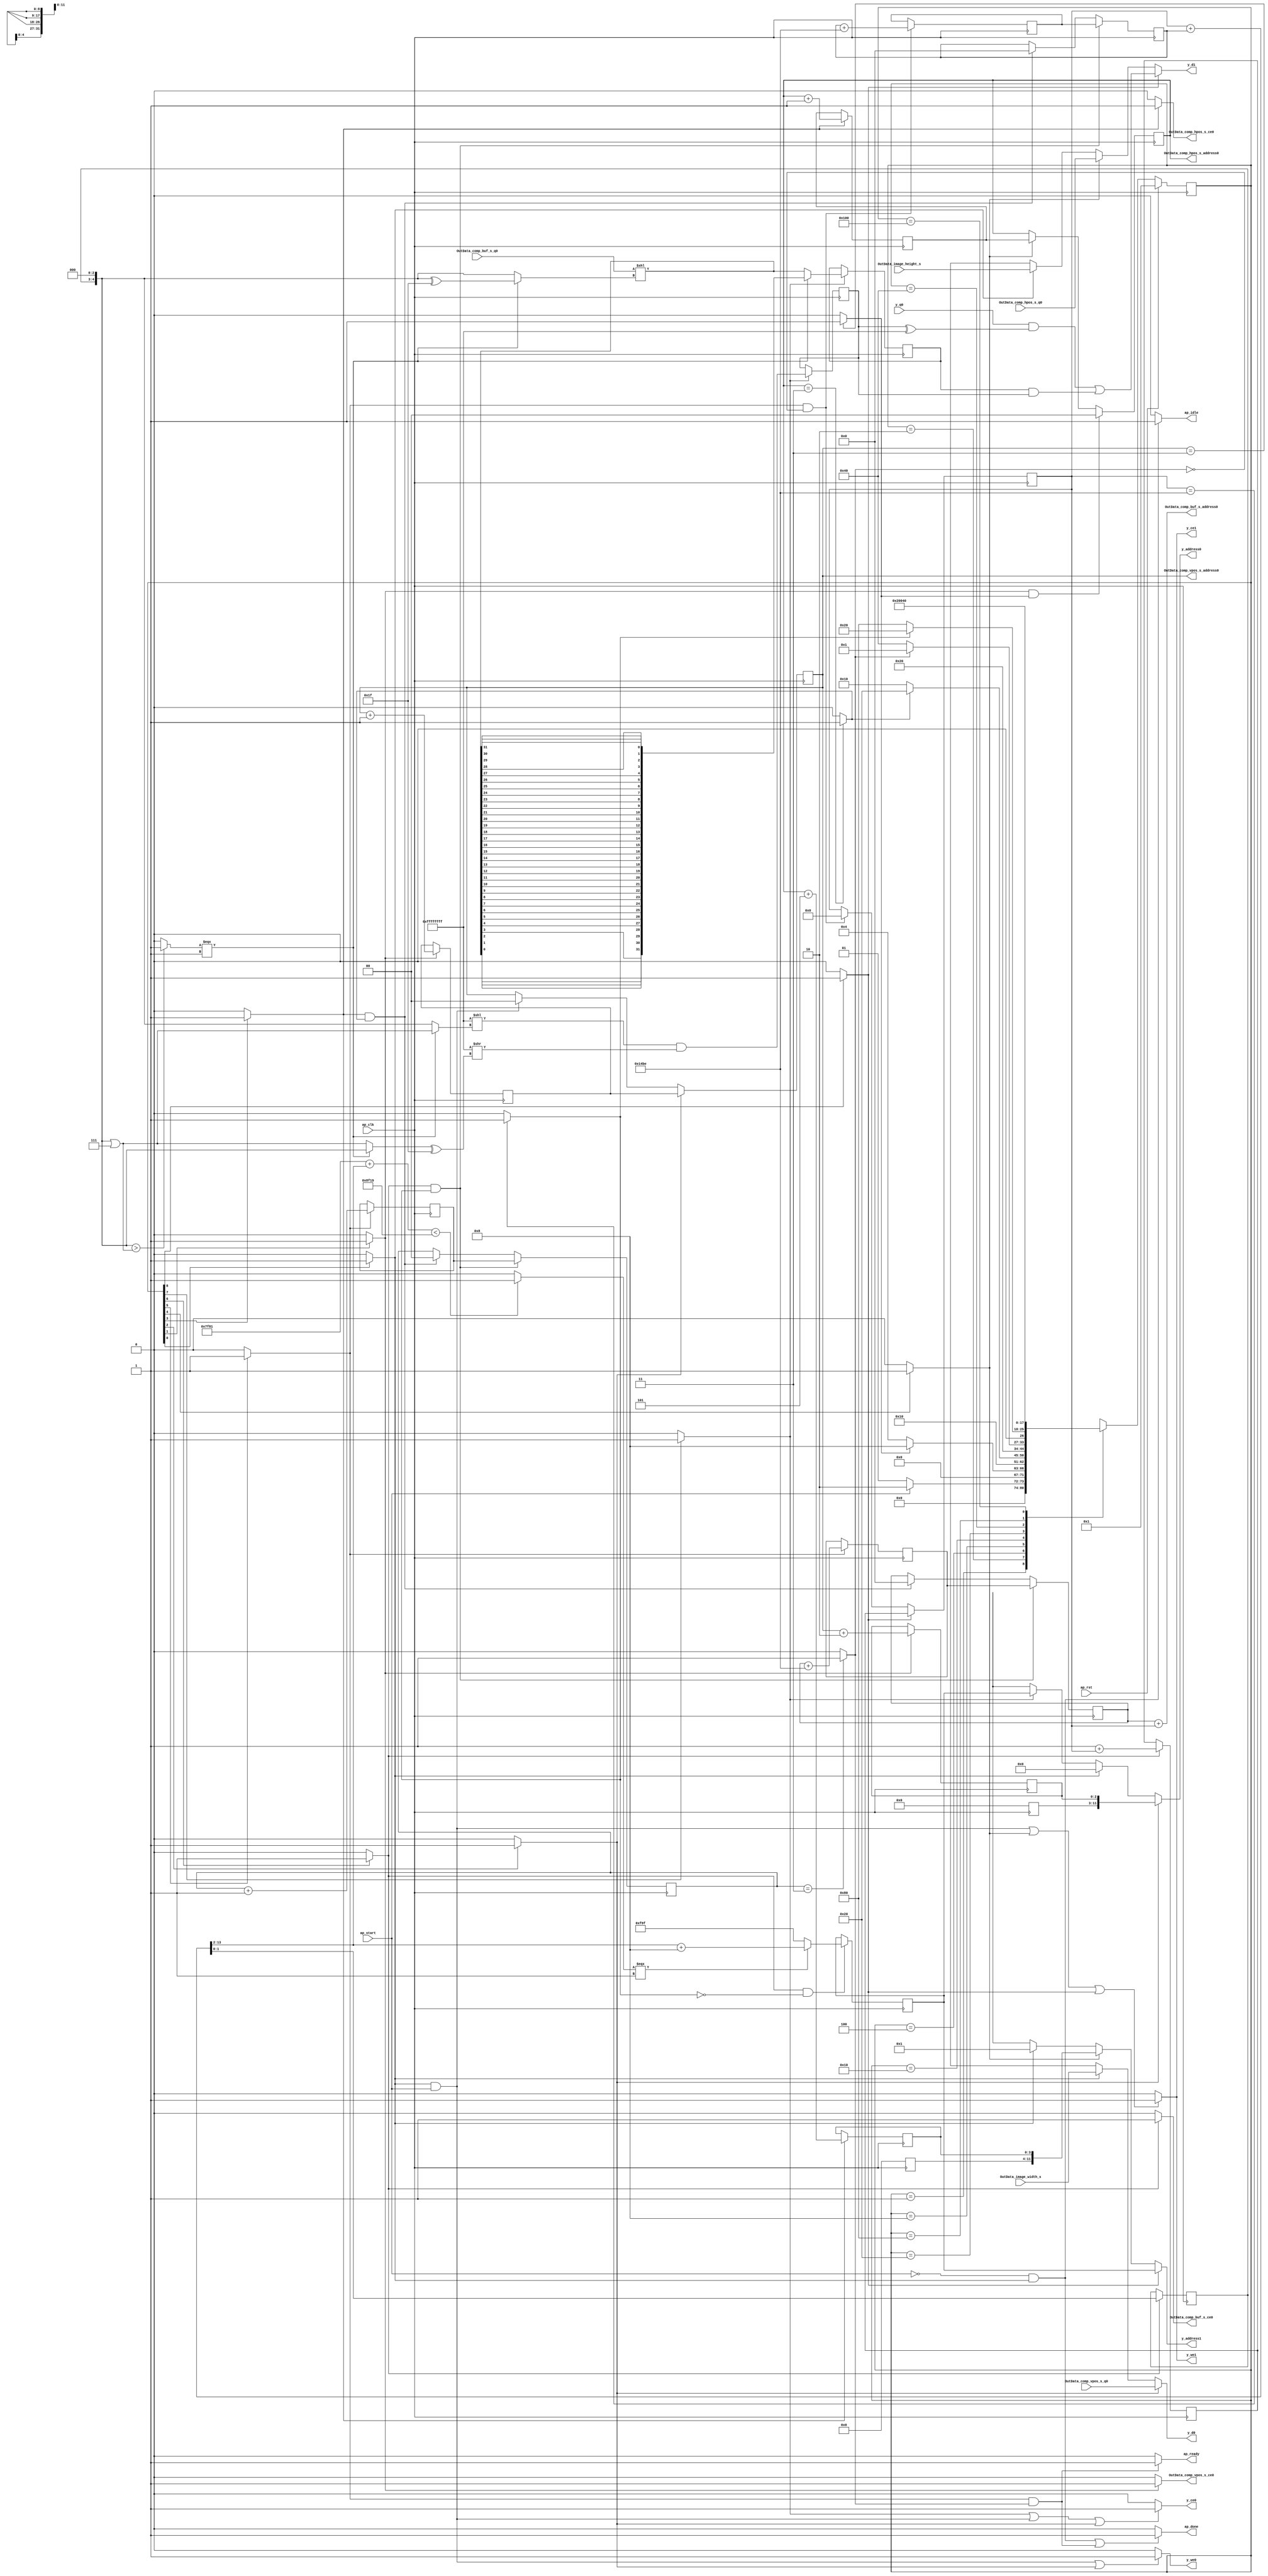
// ==============================================================
// RTL generated by Vivado(TM) HLS - High-Level Synthesis from C, C++ and SystemC
// Version: 2015.4
// Copyright (C) 2015 Xilinx Inc. All rights reserved.
// 
// ===========================================================

`timescale 1 ns / 1 ps 

module decode_start_data_out (
        ap_clk,
        ap_rst,
        ap_start,
        ap_done,
        ap_idle,
        ap_ready,
        y_address0,
        y_ce0,
        y_we0,
        y_d0,
        y_q0,
        y_address1,
        y_ce1,
        y_we1,
        y_d1,
        OutData_image_width_s,
        OutData_image_height_s,
        OutData_comp_vpos_s_address0,
        OutData_comp_vpos_s_ce0,
        OutData_comp_vpos_s_q0,
        OutData_comp_hpos_s_address0,
        OutData_comp_hpos_s_ce0,
        OutData_comp_hpos_s_q0,
        OutData_comp_buf_s_address0,
        OutData_comp_buf_s_ce0,
        OutData_comp_buf_s_q0
);

parameter    ap_const_logic_1 = 1'b1;
parameter    ap_const_logic_0 = 1'b0;
parameter    ap_ST_st1_fsm_0 = 9'b1;
parameter    ap_ST_st2_fsm_1 = 9'b10;
parameter    ap_ST_st3_fsm_2 = 9'b100;
parameter    ap_ST_st4_fsm_3 = 9'b1000;
parameter    ap_ST_st5_fsm_4 = 9'b10000;
parameter    ap_ST_st6_fsm_5 = 9'b100000;
parameter    ap_ST_st7_fsm_6 = 9'b1000000;
parameter    ap_ST_st8_fsm_7 = 9'b10000000;
parameter    ap_ST_st9_fsm_8 = 9'b100000000;
parameter    ap_const_lv32_0 = 32'b00000000000000000000000000000000;
parameter    ap_const_lv1_1 = 1'b1;
parameter    ap_const_lv32_1 = 32'b1;
parameter    ap_const_lv1_0 = 1'b0;
parameter    ap_const_lv32_3 = 32'b11;
parameter    ap_const_lv32_5 = 32'b101;
parameter    ap_const_lv32_6 = 32'b110;
parameter    ap_const_lv32_7 = 32'b111;
parameter    ap_const_lv2_0 = 2'b00;
parameter    ap_const_lv32_2 = 32'b10;
parameter    ap_const_lv32_4 = 32'b100;
parameter    ap_const_lv14_0 = 14'b00000000000000;
parameter    ap_const_lv13_0 = 13'b0000000000000;
parameter    ap_const_lv32_8 = 32'b1000;
parameter    ap_const_lv64_0 = 64'b0000000000000000000000000000000000000000000000000000000000000000;
parameter    ap_const_lv64_1 = 64'b1;
parameter    ap_const_lv3_2 = 3'b10;
parameter    ap_const_lv2_3 = 2'b11;
parameter    ap_const_lv2_1 = 2'b1;
parameter    ap_const_lv4_5 = 4'b101;
parameter    ap_const_lv14_14BE = 14'b1010010111110;
parameter    ap_const_lv32_D = 32'b1101;
parameter    ap_const_lv16_7F81 = 16'b111111110000001;
parameter    ap_const_lv13_14BE = 13'b1010010111110;
parameter    ap_const_lv13_1 = 13'b1;
parameter    ap_const_lv16_8F19 = 16'b1000111100011001;
parameter    ap_const_lv13_8 = 13'b1000;
parameter    ap_const_lv13_F9F = 13'b111110011111;
parameter    ap_const_lv3_0 = 3'b000;
parameter    ap_const_lv5_7 = 5'b111;
parameter    ap_const_lv6_1F = 6'b11111;
parameter    ap_const_lv32_1F = 32'b11111;
parameter    ap_const_lv32_FFFFFFFF = 32'b11111111111111111111111111111111;
parameter    ap_true = 1'b1;

input   ap_clk;
input   ap_rst;
input   ap_start;
output   ap_done;
output   ap_idle;
output   ap_ready;
output  [11:0] y_address0;
output   y_ce0;
output   y_we0;
output  [31:0] y_d0;
input  [31:0] y_q0;
output  [11:0] y_address1;
output   y_ce1;
output   y_we1;
output  [31:0] y_d1;
input  [31:0] OutData_image_width_s;
input  [31:0] OutData_image_height_s;
output  [1:0] OutData_comp_vpos_s_address0;
output   OutData_comp_vpos_s_ce0;
input  [31:0] OutData_comp_vpos_s_q0;
output  [1:0] OutData_comp_hpos_s_address0;
output   OutData_comp_hpos_s_ce0;
input  [31:0] OutData_comp_hpos_s_q0;
output  [13:0] OutData_comp_buf_s_address0;
output   OutData_comp_buf_s_ce0;
input  [7:0] OutData_comp_buf_s_q0;

reg ap_done;
reg ap_idle;
reg ap_ready;
reg[11:0] y_address0;
reg y_ce0;
reg y_we0;
reg[31:0] y_d0;
reg[11:0] y_address1;
reg y_ce1;
reg y_we1;
reg[31:0] y_d1;
reg OutData_comp_vpos_s_ce0;
reg OutData_comp_hpos_s_ce0;
reg OutData_comp_buf_s_ce0;
(* fsm_encoding = "none" *) reg   [8:0] ap_CS_fsm = 9'b1;
reg    ap_sig_cseq_ST_st1_fsm_0;
reg    ap_sig_bdd_27;
reg   [11:0] y_addr_2_reg_551;
reg    ap_sig_cseq_ST_st2_fsm_1;
reg    ap_sig_bdd_71;
wire   [1:0] i_18_fu_255_p2;
reg   [1:0] i_18_reg_559;
wire   [0:0] exitcond8_fu_249_p2;
reg   [11:0] y_addr_3_reg_569;
reg    ap_sig_cseq_ST_st4_fsm_3;
reg    ap_sig_bdd_88;
wire   [1:0] i_17_fu_287_p2;
reg   [1:0] i_17_reg_577;
wire   [0:0] exitcond6_fu_281_p2;
wire   [13:0] next_mul_fu_298_p2;
reg   [13:0] next_mul_reg_587;
reg    ap_sig_cseq_ST_st6_fsm_5;
reg    ap_sig_bdd_104;
wire   [1:0] i_19_fu_310_p2;
reg   [1:0] i_19_reg_595;
wire   [13:0] scevgep_rec_fu_316_p2;
reg   [13:0] scevgep_rec_reg_600;
wire   [0:0] exitcond1_fu_304_p2;
wire   [1:0] tmp_148_fu_332_p1;
reg   [1:0] tmp_148_reg_605;
reg    ap_sig_cseq_ST_st7_fsm_6;
reg    ap_sig_bdd_120;
wire   [12:0] j_1_fu_362_p2;
reg   [12:0] j_1_reg_613;
wire   [0:0] exitcond4_fu_356_p2;
reg   [11:0] y_addr_4_reg_623;
wire   [31:0] tmp_165_fu_503_p3;
reg   [31:0] tmp_165_reg_629;
reg    ap_sig_cseq_ST_st8_fsm_7;
reg    ap_sig_bdd_138;
wire   [31:0] p_demorgan_fu_523_p2;
reg   [31:0] p_demorgan_reg_634;
reg   [1:0] i_reg_156;
reg    ap_sig_cseq_ST_st3_fsm_2;
reg    ap_sig_bdd_153;
reg   [1:0] i_1_reg_167;
reg    ap_sig_cseq_ST_st5_fsm_4;
reg    ap_sig_bdd_162;
reg   [1:0] i_2_reg_178;
reg   [13:0] x_0_rec_reg_189;
reg   [13:0] phi_mul_reg_201;
reg   [12:0] j_reg_213;
reg    ap_sig_cseq_ST_st9_fsm_8;
reg    ap_sig_bdd_185;
wire   [63:0] sum_cast_fu_244_p1;
wire   [63:0] tmp_fu_261_p1;
wire   [63:0] sum3_cast_fu_276_p1;
wire   [63:0] tmp_s_fu_293_p1;
wire   [63:0] tmp_186_cast_fu_374_p1;
wire   [63:0] gepindex2_cast_fu_403_p1;
wire   [31:0] tmp_171_fu_544_p2;
wire   [2:0] p_0_rec_cast_fu_234_p1;
wire   [2:0] sum_fu_238_p2;
wire   [3:0] p_1_rec_cast_fu_266_p1;
wire   [3:0] sum3_fu_270_p2;
wire   [13:0] x_1_rec_cast9_fu_322_p1;
wire   [13:0] x_0_sum_fu_326_p2;
wire   [11:0] adjSize_fu_336_p4;
wire   [15:0] adjSize81_cast_fu_346_p1;
wire   [13:0] tmp_144_fu_368_p2;
wire   [15:0] mem_index_gep50_fu_350_p2;
wire   [12:0] tmp_149_fu_385_p1;
wire   [0:0] addrCmp88_fu_379_p2;
wire   [12:0] tmp_150_fu_389_p2;
wire   [12:0] gepindex2_fu_395_p3;
wire   [4:0] start_pos_fu_408_p3;
wire   [4:0] end_pos_fu_415_p2;
wire   [5:0] tmp_152_fu_427_p1;
wire   [0:0] tmp_151_fu_421_p2;
wire   [5:0] tmp_153_fu_431_p1;
wire   [5:0] tmp_155_fu_439_p2;
wire   [5:0] tmp_156_fu_445_p3;
wire   [5:0] tmp_158_fu_461_p3;
wire   [5:0] tmp_157_fu_453_p3;
wire   [5:0] tmp_159_fu_469_p2;
wire   [31:0] tmp_154_fu_435_p1;
wire   [31:0] tmp_160_fu_475_p1;
wire   [31:0] tmp_163_fu_487_p2;
reg   [31:0] tmp_164_fu_493_p4;
wire   [31:0] tmp_161_fu_479_p1;
wire   [31:0] tmp_162_fu_483_p1;
wire   [31:0] tmp_166_fu_511_p2;
wire   [31:0] tmp_167_fu_517_p2;
wire   [31:0] tmp_168_fu_529_p2;
wire   [31:0] tmp_169_fu_534_p2;
wire   [31:0] tmp_170_fu_540_p2;
reg   [8:0] ap_NS_fsm;




always @ (posedge ap_clk) begin : ap_ret_ap_CS_fsm
    if (ap_rst == 1'b1) begin
        ap_CS_fsm <= ap_ST_st1_fsm_0;
    end else begin
        ap_CS_fsm <= ap_NS_fsm;
    end
end

always @ (posedge ap_clk) begin
    if (((ap_const_logic_1 == ap_sig_cseq_ST_st2_fsm_1) & ~(exitcond8_fu_249_p2 == ap_const_lv1_0))) begin
        i_1_reg_167 <= ap_const_lv2_0;
    end else if ((ap_const_logic_1 == ap_sig_cseq_ST_st5_fsm_4)) begin
        i_1_reg_167 <= i_17_reg_577;
    end
end

always @ (posedge ap_clk) begin
    if (((ap_const_logic_1 == ap_sig_cseq_ST_st7_fsm_6) & ~(ap_const_lv1_0 == exitcond4_fu_356_p2))) begin
        i_2_reg_178 <= i_19_reg_595;
    end else if (((ap_const_logic_1 == ap_sig_cseq_ST_st4_fsm_3) & ~(ap_const_lv1_0 == exitcond6_fu_281_p2))) begin
        i_2_reg_178 <= ap_const_lv2_0;
    end
end

always @ (posedge ap_clk) begin
    if ((ap_const_logic_1 == ap_sig_cseq_ST_st3_fsm_2)) begin
        i_reg_156 <= i_18_reg_559;
    end else if (((ap_const_logic_1 == ap_sig_cseq_ST_st1_fsm_0) & ~(ap_start == ap_const_logic_0))) begin
        i_reg_156 <= ap_const_lv2_0;
    end
end

always @ (posedge ap_clk) begin
    if ((ap_const_logic_1 == ap_sig_cseq_ST_st9_fsm_8)) begin
        j_reg_213 <= j_1_reg_613;
    end else if (((ap_const_logic_1 == ap_sig_cseq_ST_st6_fsm_5) & (ap_const_lv1_0 == exitcond1_fu_304_p2))) begin
        j_reg_213 <= ap_const_lv13_0;
    end
end

always @ (posedge ap_clk) begin
    if (((ap_const_logic_1 == ap_sig_cseq_ST_st7_fsm_6) & ~(ap_const_lv1_0 == exitcond4_fu_356_p2))) begin
        phi_mul_reg_201 <= next_mul_reg_587;
    end else if (((ap_const_logic_1 == ap_sig_cseq_ST_st4_fsm_3) & ~(ap_const_lv1_0 == exitcond6_fu_281_p2))) begin
        phi_mul_reg_201 <= ap_const_lv14_0;
    end
end

always @ (posedge ap_clk) begin
    if (((ap_const_logic_1 == ap_sig_cseq_ST_st7_fsm_6) & ~(ap_const_lv1_0 == exitcond4_fu_356_p2))) begin
        x_0_rec_reg_189 <= scevgep_rec_reg_600;
    end else if (((ap_const_logic_1 == ap_sig_cseq_ST_st4_fsm_3) & ~(ap_const_lv1_0 == exitcond6_fu_281_p2))) begin
        x_0_rec_reg_189 <= ap_const_lv14_0;
    end
end

always @ (posedge ap_clk) begin
    if ((ap_const_logic_1 == ap_sig_cseq_ST_st4_fsm_3)) begin
        i_17_reg_577 <= i_17_fu_287_p2;
        y_addr_3_reg_569[3 : 0] <= sum3_cast_fu_276_p1[3 : 0];
    end
end

always @ (posedge ap_clk) begin
    if ((ap_const_logic_1 == ap_sig_cseq_ST_st2_fsm_1)) begin
        i_18_reg_559 <= i_18_fu_255_p2;
        y_addr_2_reg_551[2 : 0] <= sum_cast_fu_244_p1[2 : 0];
    end
end

always @ (posedge ap_clk) begin
    if ((ap_const_logic_1 == ap_sig_cseq_ST_st6_fsm_5)) begin
        i_19_reg_595 <= i_19_fu_310_p2;
        next_mul_reg_587 <= next_mul_fu_298_p2;
    end
end

always @ (posedge ap_clk) begin
    if ((ap_const_logic_1 == ap_sig_cseq_ST_st7_fsm_6)) begin
        j_1_reg_613 <= j_1_fu_362_p2;
        tmp_148_reg_605 <= tmp_148_fu_332_p1;
    end
end

always @ (posedge ap_clk) begin
    if ((ap_const_logic_1 == ap_sig_cseq_ST_st8_fsm_7)) begin
        p_demorgan_reg_634 <= p_demorgan_fu_523_p2;
        tmp_165_reg_629 <= tmp_165_fu_503_p3;
    end
end

always @ (posedge ap_clk) begin
    if (((ap_const_logic_1 == ap_sig_cseq_ST_st6_fsm_5) & (ap_const_lv1_0 == exitcond1_fu_304_p2))) begin
        scevgep_rec_reg_600 <= scevgep_rec_fu_316_p2;
    end
end

always @ (posedge ap_clk) begin
    if (((ap_const_logic_1 == ap_sig_cseq_ST_st7_fsm_6) & (ap_const_lv1_0 == exitcond4_fu_356_p2))) begin
        y_addr_4_reg_623 <= gepindex2_cast_fu_403_p1;
    end
end

always @ (ap_sig_cseq_ST_st7_fsm_6) begin
    if ((ap_const_logic_1 == ap_sig_cseq_ST_st7_fsm_6)) begin
        OutData_comp_buf_s_ce0 = ap_const_logic_1;
    end else begin
        OutData_comp_buf_s_ce0 = ap_const_logic_0;
    end
end

always @ (ap_sig_cseq_ST_st4_fsm_3) begin
    if ((ap_const_logic_1 == ap_sig_cseq_ST_st4_fsm_3)) begin
        OutData_comp_hpos_s_ce0 = ap_const_logic_1;
    end else begin
        OutData_comp_hpos_s_ce0 = ap_const_logic_0;
    end
end

always @ (ap_sig_cseq_ST_st2_fsm_1) begin
    if ((ap_const_logic_1 == ap_sig_cseq_ST_st2_fsm_1)) begin
        OutData_comp_vpos_s_ce0 = ap_const_logic_1;
    end else begin
        OutData_comp_vpos_s_ce0 = ap_const_logic_0;
    end
end

always @ (ap_start or ap_sig_cseq_ST_st1_fsm_0 or ap_sig_cseq_ST_st6_fsm_5 or exitcond1_fu_304_p2) begin
    if (((~(ap_const_logic_1 == ap_start) & (ap_const_logic_1 == ap_sig_cseq_ST_st1_fsm_0)) | ((ap_const_logic_1 == ap_sig_cseq_ST_st6_fsm_5) & ~(ap_const_lv1_0 == exitcond1_fu_304_p2)))) begin
        ap_done = ap_const_logic_1;
    end else begin
        ap_done = ap_const_logic_0;
    end
end

always @ (ap_start or ap_sig_cseq_ST_st1_fsm_0) begin
    if ((~(ap_const_logic_1 == ap_start) & (ap_const_logic_1 == ap_sig_cseq_ST_st1_fsm_0))) begin
        ap_idle = ap_const_logic_1;
    end else begin
        ap_idle = ap_const_logic_0;
    end
end

always @ (ap_sig_cseq_ST_st6_fsm_5 or exitcond1_fu_304_p2) begin
    if (((ap_const_logic_1 == ap_sig_cseq_ST_st6_fsm_5) & ~(ap_const_lv1_0 == exitcond1_fu_304_p2))) begin
        ap_ready = ap_const_logic_1;
    end else begin
        ap_ready = ap_const_logic_0;
    end
end

always @ (ap_sig_bdd_27) begin
    if (ap_sig_bdd_27) begin
        ap_sig_cseq_ST_st1_fsm_0 = ap_const_logic_1;
    end else begin
        ap_sig_cseq_ST_st1_fsm_0 = ap_const_logic_0;
    end
end

always @ (ap_sig_bdd_71) begin
    if (ap_sig_bdd_71) begin
        ap_sig_cseq_ST_st2_fsm_1 = ap_const_logic_1;
    end else begin
        ap_sig_cseq_ST_st2_fsm_1 = ap_const_logic_0;
    end
end

always @ (ap_sig_bdd_153) begin
    if (ap_sig_bdd_153) begin
        ap_sig_cseq_ST_st3_fsm_2 = ap_const_logic_1;
    end else begin
        ap_sig_cseq_ST_st3_fsm_2 = ap_const_logic_0;
    end
end

always @ (ap_sig_bdd_88) begin
    if (ap_sig_bdd_88) begin
        ap_sig_cseq_ST_st4_fsm_3 = ap_const_logic_1;
    end else begin
        ap_sig_cseq_ST_st4_fsm_3 = ap_const_logic_0;
    end
end

always @ (ap_sig_bdd_162) begin
    if (ap_sig_bdd_162) begin
        ap_sig_cseq_ST_st5_fsm_4 = ap_const_logic_1;
    end else begin
        ap_sig_cseq_ST_st5_fsm_4 = ap_const_logic_0;
    end
end

always @ (ap_sig_bdd_104) begin
    if (ap_sig_bdd_104) begin
        ap_sig_cseq_ST_st6_fsm_5 = ap_const_logic_1;
    end else begin
        ap_sig_cseq_ST_st6_fsm_5 = ap_const_logic_0;
    end
end

always @ (ap_sig_bdd_120) begin
    if (ap_sig_bdd_120) begin
        ap_sig_cseq_ST_st7_fsm_6 = ap_const_logic_1;
    end else begin
        ap_sig_cseq_ST_st7_fsm_6 = ap_const_logic_0;
    end
end

always @ (ap_sig_bdd_138) begin
    if (ap_sig_bdd_138) begin
        ap_sig_cseq_ST_st8_fsm_7 = ap_const_logic_1;
    end else begin
        ap_sig_cseq_ST_st8_fsm_7 = ap_const_logic_0;
    end
end

always @ (ap_sig_bdd_185) begin
    if (ap_sig_bdd_185) begin
        ap_sig_cseq_ST_st9_fsm_8 = ap_const_logic_1;
    end else begin
        ap_sig_cseq_ST_st9_fsm_8 = ap_const_logic_0;
    end
end

always @ (ap_sig_cseq_ST_st1_fsm_0 or y_addr_2_reg_551 or y_addr_4_reg_623 or ap_sig_cseq_ST_st8_fsm_7 or ap_sig_cseq_ST_st3_fsm_2) begin
    if ((ap_const_logic_1 == ap_sig_cseq_ST_st3_fsm_2)) begin
        y_address0 = y_addr_2_reg_551;
    end else if ((ap_const_logic_1 == ap_sig_cseq_ST_st1_fsm_0)) begin
        y_address0 = ap_const_lv64_0;
    end else if ((ap_const_logic_1 == ap_sig_cseq_ST_st8_fsm_7)) begin
        y_address0 = y_addr_4_reg_623;
    end else begin
        y_address0 = 'bx;
    end
end

always @ (ap_sig_cseq_ST_st1_fsm_0 or y_addr_3_reg_569 or y_addr_4_reg_623 or ap_sig_cseq_ST_st5_fsm_4 or ap_sig_cseq_ST_st9_fsm_8) begin
    if ((ap_const_logic_1 == ap_sig_cseq_ST_st9_fsm_8)) begin
        y_address1 = y_addr_4_reg_623;
    end else if ((ap_const_logic_1 == ap_sig_cseq_ST_st5_fsm_4)) begin
        y_address1 = y_addr_3_reg_569;
    end else if ((ap_const_logic_1 == ap_sig_cseq_ST_st1_fsm_0)) begin
        y_address1 = ap_const_lv64_1;
    end else begin
        y_address1 = 'bx;
    end
end

always @ (ap_start or ap_sig_cseq_ST_st1_fsm_0 or ap_sig_cseq_ST_st8_fsm_7 or ap_sig_cseq_ST_st3_fsm_2) begin
    if (((ap_const_logic_1 == ap_sig_cseq_ST_st8_fsm_7) | ((ap_const_logic_1 == ap_sig_cseq_ST_st1_fsm_0) & ~(ap_start == ap_const_logic_0)) | (ap_const_logic_1 == ap_sig_cseq_ST_st3_fsm_2))) begin
        y_ce0 = ap_const_logic_1;
    end else begin
        y_ce0 = ap_const_logic_0;
    end
end

always @ (ap_start or ap_sig_cseq_ST_st1_fsm_0 or ap_sig_cseq_ST_st5_fsm_4 or ap_sig_cseq_ST_st9_fsm_8) begin
    if ((((ap_const_logic_1 == ap_sig_cseq_ST_st1_fsm_0) & ~(ap_start == ap_const_logic_0)) | (ap_const_logic_1 == ap_sig_cseq_ST_st5_fsm_4) | (ap_const_logic_1 == ap_sig_cseq_ST_st9_fsm_8))) begin
        y_ce1 = ap_const_logic_1;
    end else begin
        y_ce1 = ap_const_logic_0;
    end
end

always @ (ap_sig_cseq_ST_st1_fsm_0 or OutData_image_width_s or OutData_comp_vpos_s_q0 or ap_sig_cseq_ST_st3_fsm_2) begin
    if ((ap_const_logic_1 == ap_sig_cseq_ST_st3_fsm_2)) begin
        y_d0 = OutData_comp_vpos_s_q0;
    end else if ((ap_const_logic_1 == ap_sig_cseq_ST_st1_fsm_0)) begin
        y_d0 = OutData_image_width_s;
    end else begin
        y_d0 = 'bx;
    end
end

always @ (ap_sig_cseq_ST_st1_fsm_0 or OutData_image_height_s or OutData_comp_hpos_s_q0 or ap_sig_cseq_ST_st5_fsm_4 or ap_sig_cseq_ST_st9_fsm_8 or tmp_171_fu_544_p2) begin
    if ((ap_const_logic_1 == ap_sig_cseq_ST_st9_fsm_8)) begin
        y_d1 = tmp_171_fu_544_p2;
    end else if ((ap_const_logic_1 == ap_sig_cseq_ST_st5_fsm_4)) begin
        y_d1 = OutData_comp_hpos_s_q0;
    end else if ((ap_const_logic_1 == ap_sig_cseq_ST_st1_fsm_0)) begin
        y_d1 = OutData_image_height_s;
    end else begin
        y_d1 = 'bx;
    end
end

always @ (ap_start or ap_sig_cseq_ST_st1_fsm_0 or ap_sig_cseq_ST_st3_fsm_2) begin
    if ((((ap_const_logic_1 == ap_sig_cseq_ST_st1_fsm_0) & ~(ap_start == ap_const_logic_0)) | (ap_const_logic_1 == ap_sig_cseq_ST_st3_fsm_2))) begin
        y_we0 = ap_const_logic_1;
    end else begin
        y_we0 = ap_const_logic_0;
    end
end

always @ (ap_start or ap_sig_cseq_ST_st1_fsm_0 or ap_sig_cseq_ST_st5_fsm_4 or ap_sig_cseq_ST_st9_fsm_8) begin
    if ((((ap_const_logic_1 == ap_sig_cseq_ST_st1_fsm_0) & ~(ap_start == ap_const_logic_0)) | (ap_const_logic_1 == ap_sig_cseq_ST_st5_fsm_4) | (ap_const_logic_1 == ap_sig_cseq_ST_st9_fsm_8))) begin
        y_we1 = ap_const_logic_1;
    end else begin
        y_we1 = ap_const_logic_0;
    end
end
always @ (ap_start or ap_CS_fsm or exitcond8_fu_249_p2 or exitcond6_fu_281_p2 or exitcond1_fu_304_p2 or exitcond4_fu_356_p2) begin
    case (ap_CS_fsm)
        ap_ST_st1_fsm_0 : 
        begin
            if (~(ap_start == ap_const_logic_0)) begin
                ap_NS_fsm = ap_ST_st2_fsm_1;
            end else begin
                ap_NS_fsm = ap_ST_st1_fsm_0;
            end
        end
        ap_ST_st2_fsm_1 : 
        begin
            if (~(exitcond8_fu_249_p2 == ap_const_lv1_0)) begin
                ap_NS_fsm = ap_ST_st4_fsm_3;
            end else begin
                ap_NS_fsm = ap_ST_st3_fsm_2;
            end
        end
        ap_ST_st3_fsm_2 : 
        begin
            ap_NS_fsm = ap_ST_st2_fsm_1;
        end
        ap_ST_st4_fsm_3 : 
        begin
            if (~(ap_const_lv1_0 == exitcond6_fu_281_p2)) begin
                ap_NS_fsm = ap_ST_st6_fsm_5;
            end else begin
                ap_NS_fsm = ap_ST_st5_fsm_4;
            end
        end
        ap_ST_st5_fsm_4 : 
        begin
            ap_NS_fsm = ap_ST_st4_fsm_3;
        end
        ap_ST_st6_fsm_5 : 
        begin
            if (~(ap_const_lv1_0 == exitcond1_fu_304_p2)) begin
                ap_NS_fsm = ap_ST_st1_fsm_0;
            end else begin
                ap_NS_fsm = ap_ST_st7_fsm_6;
            end
        end
        ap_ST_st7_fsm_6 : 
        begin
            if ((ap_const_lv1_0 == exitcond4_fu_356_p2)) begin
                ap_NS_fsm = ap_ST_st8_fsm_7;
            end else begin
                ap_NS_fsm = ap_ST_st6_fsm_5;
            end
        end
        ap_ST_st8_fsm_7 : 
        begin
            ap_NS_fsm = ap_ST_st9_fsm_8;
        end
        ap_ST_st9_fsm_8 : 
        begin
            ap_NS_fsm = ap_ST_st7_fsm_6;
        end
        default : 
        begin
            ap_NS_fsm = 'bx;
        end
    endcase
end


assign OutData_comp_buf_s_address0 = tmp_186_cast_fu_374_p1;

assign OutData_comp_hpos_s_address0 = tmp_s_fu_293_p1;

assign OutData_comp_vpos_s_address0 = tmp_fu_261_p1;

assign addrCmp88_fu_379_p2 = (mem_index_gep50_fu_350_p2 < ap_const_lv16_8F19? 1'b1: 1'b0);

assign adjSize81_cast_fu_346_p1 = adjSize_fu_336_p4;

assign adjSize_fu_336_p4 = {{x_0_sum_fu_326_p2[ap_const_lv32_D : ap_const_lv32_2]}};


always @ (ap_CS_fsm) begin
    ap_sig_bdd_104 = (ap_const_lv1_1 == ap_CS_fsm[ap_const_lv32_5]);
end


always @ (ap_CS_fsm) begin
    ap_sig_bdd_120 = (ap_const_lv1_1 == ap_CS_fsm[ap_const_lv32_6]);
end


always @ (ap_CS_fsm) begin
    ap_sig_bdd_138 = (ap_const_lv1_1 == ap_CS_fsm[ap_const_lv32_7]);
end


always @ (ap_CS_fsm) begin
    ap_sig_bdd_153 = (ap_const_lv1_1 == ap_CS_fsm[ap_const_lv32_2]);
end


always @ (ap_CS_fsm) begin
    ap_sig_bdd_162 = (ap_const_lv1_1 == ap_CS_fsm[ap_const_lv32_4]);
end


always @ (ap_CS_fsm) begin
    ap_sig_bdd_185 = (ap_const_lv1_1 == ap_CS_fsm[ap_const_lv32_8]);
end


always @ (ap_CS_fsm) begin
    ap_sig_bdd_27 = (ap_CS_fsm[ap_const_lv32_0] == ap_const_lv1_1);
end


always @ (ap_CS_fsm) begin
    ap_sig_bdd_71 = (ap_const_lv1_1 == ap_CS_fsm[ap_const_lv32_1]);
end


always @ (ap_CS_fsm) begin
    ap_sig_bdd_88 = (ap_const_lv1_1 == ap_CS_fsm[ap_const_lv32_3]);
end

assign end_pos_fu_415_p2 = (start_pos_fu_408_p3 | ap_const_lv5_7);

assign exitcond1_fu_304_p2 = (i_2_reg_178 == ap_const_lv2_3? 1'b1: 1'b0);

assign exitcond4_fu_356_p2 = (j_reg_213 == ap_const_lv13_14BE? 1'b1: 1'b0);

assign exitcond6_fu_281_p2 = (i_1_reg_167 == ap_const_lv2_3? 1'b1: 1'b0);

assign exitcond8_fu_249_p2 = (i_reg_156 == ap_const_lv2_3? 1'b1: 1'b0);

assign gepindex2_cast_fu_403_p1 = gepindex2_fu_395_p3;

assign gepindex2_fu_395_p3 = ((addrCmp88_fu_379_p2[0:0] === 1'b1) ? tmp_150_fu_389_p2 : ap_const_lv13_F9F);

assign i_17_fu_287_p2 = (i_1_reg_167 + ap_const_lv2_1);

assign i_18_fu_255_p2 = (i_reg_156 + ap_const_lv2_1);

assign i_19_fu_310_p2 = (i_2_reg_178 + ap_const_lv2_1);

assign j_1_fu_362_p2 = (ap_const_lv13_1 + j_reg_213);

assign mem_index_gep50_fu_350_p2 = (ap_const_lv16_7F81 + adjSize81_cast_fu_346_p1);

assign next_mul_fu_298_p2 = (phi_mul_reg_201 + ap_const_lv14_14BE);

assign p_0_rec_cast_fu_234_p1 = i_reg_156;

assign p_1_rec_cast_fu_266_p1 = i_1_reg_167;

assign p_demorgan_fu_523_p2 = (tmp_166_fu_511_p2 & tmp_167_fu_517_p2);

assign scevgep_rec_fu_316_p2 = (x_0_rec_reg_189 + ap_const_lv14_14BE);

assign start_pos_fu_408_p3 = {{tmp_148_reg_605}, {ap_const_lv3_0}};

assign sum3_cast_fu_276_p1 = sum3_fu_270_p2;

assign sum3_fu_270_p2 = (p_1_rec_cast_fu_266_p1 + ap_const_lv4_5);

assign sum_cast_fu_244_p1 = sum_fu_238_p2;

assign sum_fu_238_p2 = (p_0_rec_cast_fu_234_p1 + ap_const_lv3_2);

assign tmp_144_fu_368_p2 = (phi_mul_reg_201 + x_1_rec_cast9_fu_322_p1);

assign tmp_148_fu_332_p1 = x_0_sum_fu_326_p2[1:0];

assign tmp_149_fu_385_p1 = adjSize_fu_336_p4;

assign tmp_150_fu_389_p2 = (tmp_149_fu_385_p1 + ap_const_lv13_8);

assign tmp_151_fu_421_p2 = (start_pos_fu_408_p3 > end_pos_fu_415_p2? 1'b1: 1'b0);

assign tmp_152_fu_427_p1 = start_pos_fu_408_p3;

assign tmp_153_fu_431_p1 = end_pos_fu_415_p2;

assign tmp_154_fu_435_p1 = OutData_comp_buf_s_q0;

assign tmp_155_fu_439_p2 = (tmp_152_fu_427_p1 ^ ap_const_lv6_1F);

assign tmp_156_fu_445_p3 = ((tmp_151_fu_421_p2[0:0] === 1'b1) ? tmp_152_fu_427_p1 : tmp_153_fu_431_p1);

assign tmp_157_fu_453_p3 = ((tmp_151_fu_421_p2[0:0] === 1'b1) ? tmp_153_fu_431_p1 : tmp_152_fu_427_p1);

assign tmp_158_fu_461_p3 = ((tmp_151_fu_421_p2[0:0] === 1'b1) ? tmp_155_fu_439_p2 : tmp_152_fu_427_p1);

assign tmp_159_fu_469_p2 = (tmp_156_fu_445_p3 ^ ap_const_lv6_1F);

assign tmp_160_fu_475_p1 = tmp_158_fu_461_p3;

assign tmp_161_fu_479_p1 = tmp_157_fu_453_p3;

assign tmp_162_fu_483_p1 = tmp_159_fu_469_p2;

assign tmp_163_fu_487_p2 = tmp_154_fu_435_p1 << tmp_160_fu_475_p1;


integer ap_tvar_int_0;

always @ (tmp_163_fu_487_p2) begin
    for (ap_tvar_int_0 = 32 - 1; ap_tvar_int_0 >= 0; ap_tvar_int_0 = ap_tvar_int_0 - 1) begin
        if (ap_tvar_int_0 > ap_const_lv32_1F - ap_const_lv32_0) begin
            tmp_164_fu_493_p4[ap_tvar_int_0] = 1'b0;
        end else begin
            tmp_164_fu_493_p4[ap_tvar_int_0] = tmp_163_fu_487_p2[ap_const_lv32_1F - ap_tvar_int_0];
        end
    end
end



assign tmp_165_fu_503_p3 = ((tmp_151_fu_421_p2[0:0] === 1'b1) ? tmp_164_fu_493_p4 : tmp_163_fu_487_p2);

assign tmp_166_fu_511_p2 = ap_const_lv32_FFFFFFFF << tmp_161_fu_479_p1;

assign tmp_167_fu_517_p2 = ap_const_lv32_FFFFFFFF >> tmp_162_fu_483_p1;

assign tmp_168_fu_529_p2 = (p_demorgan_reg_634 ^ ap_const_lv32_FFFFFFFF);

assign tmp_169_fu_534_p2 = (y_q0 & tmp_168_fu_529_p2);

assign tmp_170_fu_540_p2 = (tmp_165_reg_629 & p_demorgan_reg_634);

assign tmp_171_fu_544_p2 = (tmp_169_fu_534_p2 | tmp_170_fu_540_p2);

assign tmp_186_cast_fu_374_p1 = tmp_144_fu_368_p2;

assign tmp_fu_261_p1 = i_reg_156;

assign tmp_s_fu_293_p1 = i_1_reg_167;

assign x_0_sum_fu_326_p2 = (x_1_rec_cast9_fu_322_p1 + x_0_rec_reg_189);

assign x_1_rec_cast9_fu_322_p1 = j_reg_213;
always @ (posedge ap_clk) begin
    y_addr_2_reg_551[11:3] <= 9'b000000000;
    y_addr_3_reg_569[11:4] <= 8'b00000000;
end



endmodule //decode_start_data_out